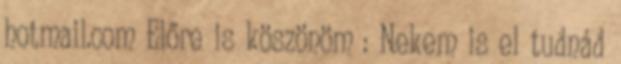
hotmail.com Előre is köszönöm : Nekem is el tudnád